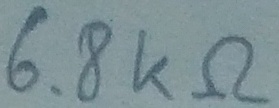
Text: 6.8KΩ